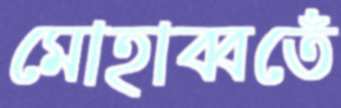
মোহাব্বতেঁ